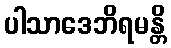
ပါသာဒေဘိရမန္တိ